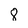
Character: 8